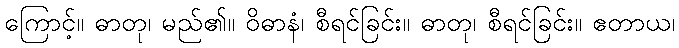
ကြောင့်။ ဓာတု၊ မည်၏။ ဝိဓာနံ၊ စီရင်ခြင်း။ ဓာတု၊ စီရင်ခြင်း။ ဧတာယ၊